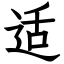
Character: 适